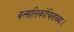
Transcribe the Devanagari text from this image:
वत्सलिकोचिताख्या।